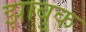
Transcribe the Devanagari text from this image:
झाबुक